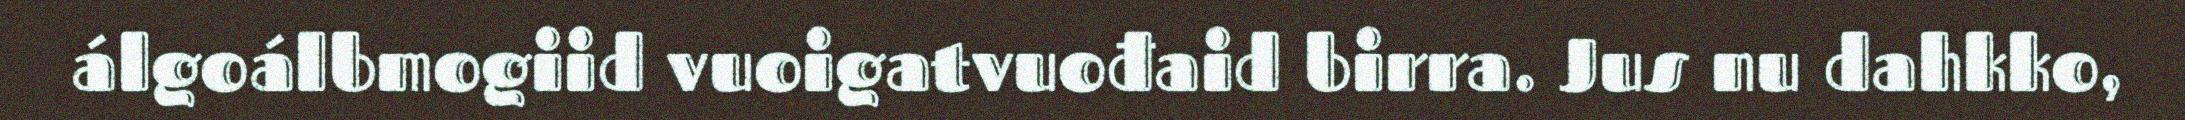
álgoálbmogiid vuoigatvuođaid birra. Jus nu dahkko,